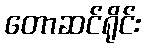
တောဆင်ရိုင်း